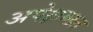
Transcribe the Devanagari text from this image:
अपेक्षाछत